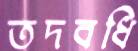
তদবধি